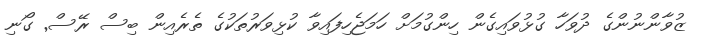
ޒުވާންނުންގެ ދުވަހާ ގުޅުވައިގެން ހިންގުމަށް ހަމަޖެހިފައިވާ ކުޅިވަރުތަކުގެ ތެރެއިން ބިސް ރޭސް